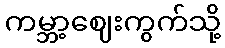
ကမ္ဘာ့ဈေးကွက်သို့